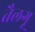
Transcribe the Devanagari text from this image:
तैलगू